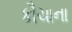
કૌચાના